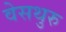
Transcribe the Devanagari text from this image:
वेसथुरु